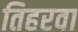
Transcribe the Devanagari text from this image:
तिहरवा